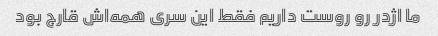
ما اژدر رو روست داریم فقط این سری همه‌اش قارج بود